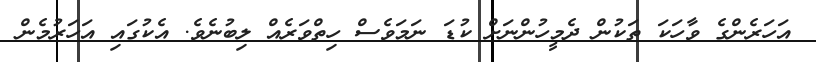
އަހަރެންގެ ވާހަކަ ތަކުން ދެމީހުންނަށް ކުޑަ ނަމަވެސް ހިތްވަރެއް ލިބުނެވެ. އެކުގައި އަހަރުމެން